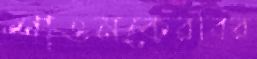
শাওনকেরবির